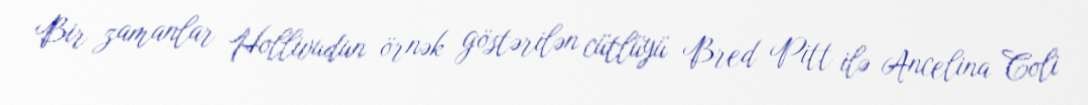
Bir zamanlar Hollivudun örnək göstərilən cütlüyü Bred Pitt ilə Ancelina Coli